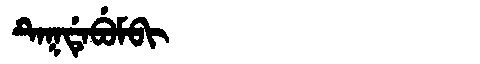
Manchu: ᡨᡝᡴᡩᡝᠪᡠᠮᠪᡳ
Romanization: TEKDEBUMBI